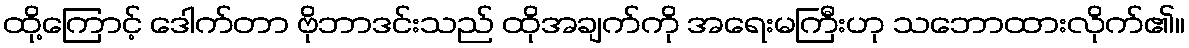
ထို့ကြောင့် ဒေါက်တာ ဗိုဘာဒင်းသည် ထိုအချက်ကို အရေးမကြီးဟု သဘောထားလိုက်၏။